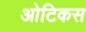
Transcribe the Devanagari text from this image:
ओटिकस